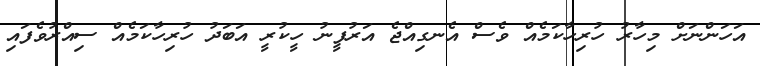
އަހަންނަށް މިހާރު ހުރިހާކަމެއް ވެސް އެނގިއްޖެ އަރުފީނު ހީކުރީ އަބަދު ހުރިހާކަމެއް ސިއްރުވެފައި